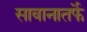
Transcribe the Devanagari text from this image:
सावानातर्फे